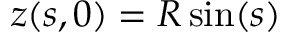
z ( s , 0 ) = R \sin ( s )